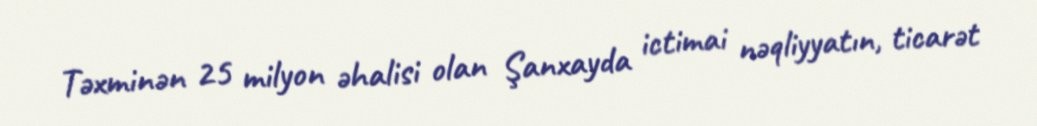
Təxminən 25 milyon əhalisi olan Şanxayda ictimai nəqliyyatın, ticarət